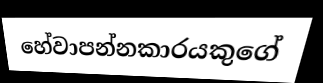
හේවාපන්නකාරයකුගේ